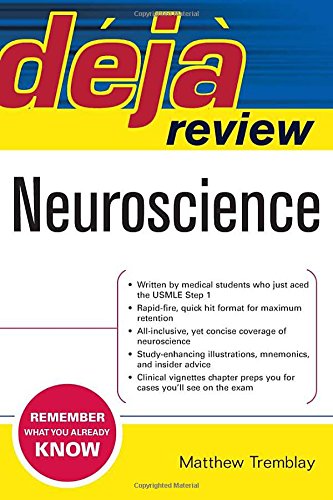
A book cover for Deja Review Neuroscience; Matthew Tremblay; Medical Books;